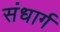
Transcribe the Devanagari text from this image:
संधार्ग